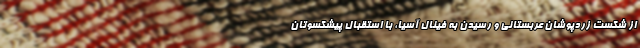
از شکست زردپوشان عربستانی و رسیدن به فینال آسیا، با استقبال پیشکسوتان